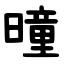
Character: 曈